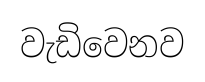
වැඩිවෙනව